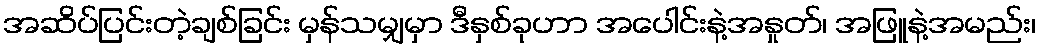
အဆိပ်ပြင်းတဲ့ချစ်ခြင်း မှန်သမျှမှာ ဒီနှစ်ခုဟာ အပေါင်းနဲ့အနှုတ်၊ အဖြူနဲ့အမည်း၊